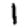
Digit: 1